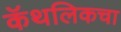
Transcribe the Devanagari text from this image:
कॅथलिकचा